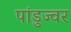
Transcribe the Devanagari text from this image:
पांडुज्वर